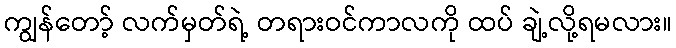
ကျွန်တော့် လက်မှတ်ရဲ့ တရားဝင်ကာလကို ထပ် ချဲ့လို့ရမလား။